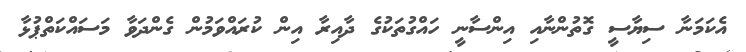
އެކަމަނާ ސިޔާސީ ގޮތުންނާއި އިންސާނީ ހައްގުތަކުގެ ދާއިރާ އިން ކުރައްވަމުން ގެންދަވާ މަސައްކަތްޕުޅާ